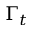
\Gamma _ { t }